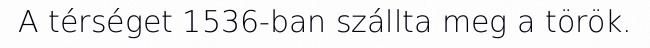
A térséget 1536-ban szállta meg a török.